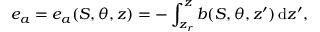
e _ { a } = e _ { a } ( S , \theta , z ) = - \int _ { z _ { r } } ^ { z } b ( S , \theta , z ^ { \prime } ) \, \mathrm { d } z ^ { \prime } ,